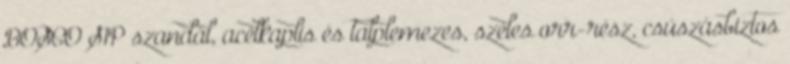
BOSCO S1P szandál, acélkaplis és talplemezes, széles orr-rész, csúszásbiztos